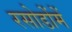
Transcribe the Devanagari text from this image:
रसोडोंमें